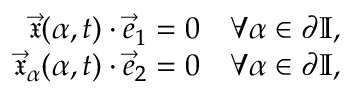
\begin{array} { r } { \vec { \mathfrak { x } } ( \alpha , t ) \cdot \vec { e } _ { 1 } = 0 \quad \forall \alpha \in \partial \mathbb { I } , } \\ { \vec { \mathfrak { x } } _ { \alpha } ( \alpha , t ) \cdot \vec { e } _ { 2 } = 0 \quad \forall \alpha \in \partial \mathbb { I } , } \end{array}